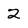
Character: 2